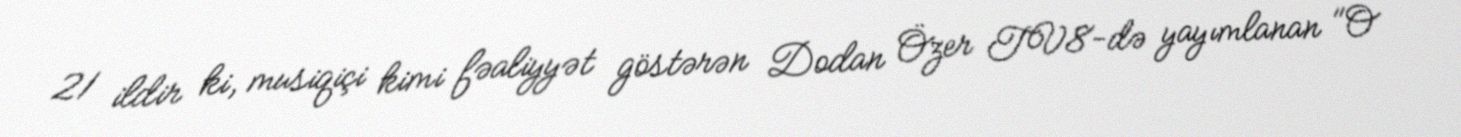
21 ildir ki, musiqiçi kimi fəaliyyət göstərən Dodan Özer TV8-də yayımlanan "O